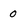
Character: 0